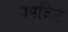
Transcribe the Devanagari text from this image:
उपटित